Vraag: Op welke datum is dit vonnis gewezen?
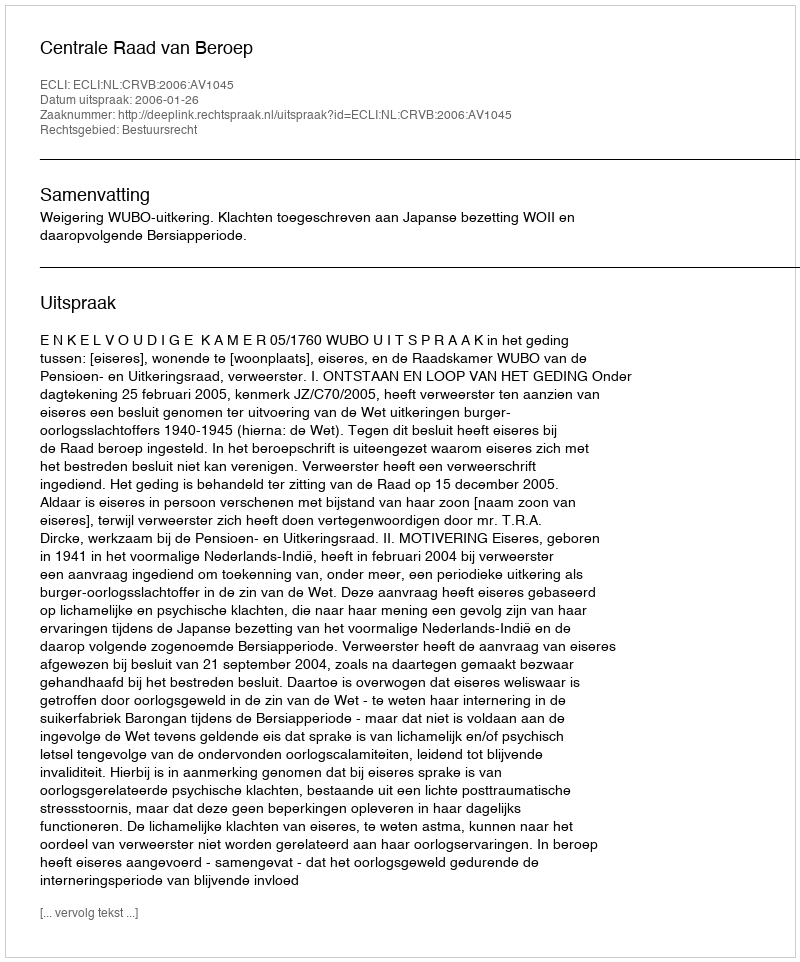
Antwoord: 2006-01-26